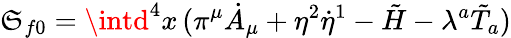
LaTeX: \mathfrak{S}_{f0}=\intd^{4}x\, (\pi^{\mu}\dot{{A}}_{\mu}+\eta^{2}\dot{{\eta}}^{1}-\tilde{{H}}-\lambda^{a}\tilde{{T}}_{a})